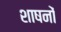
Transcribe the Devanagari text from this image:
शाषनों